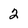
Character: 2